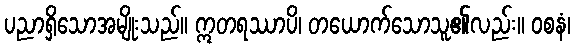
ပညာရှိသောအမျိုးသည်။ ဣတရဿာပိ၊ တယောက်သောသူ၏လည်း။ ဝစနံ၊